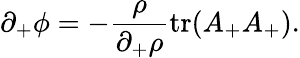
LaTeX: \partial_{+}\phi=-{\frac{\rho}{\partial_{+}\rho}}\mathrm{tr}(A_{+}A_{+}).